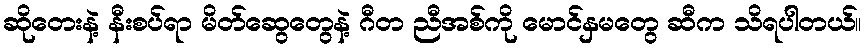
ဆိုတေးနဲ့ နီးစပ်ရာ မိတ်ဆွေတွေနဲ့ ဂီတ ညီအစ်ကို မောင်နှမတွေ ဆီက သိရပါတယ်။